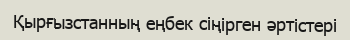
Қырғызстанның еңбек сіңірген әртістері